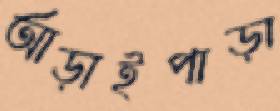
আড়াইপাড়া